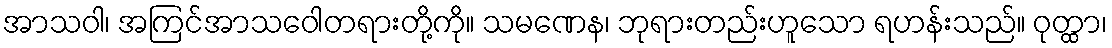
အာသဝါ၊ အကြင်အာသဝေါတရားတို့ကို။ သမဏေန၊ ဘုရားတည်းဟူသော ရဟန်းသည်။ ဝုတ္ထာ၊